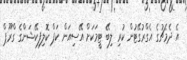
އެ ދެމެޗުގެ އެގްރުގޭޓުން ކުރި ލިބޭ ޓީމަކަށް އޭސިއަން ކަޕް ކޮލިފިކޭޝަންގެ ގްރޫޕް